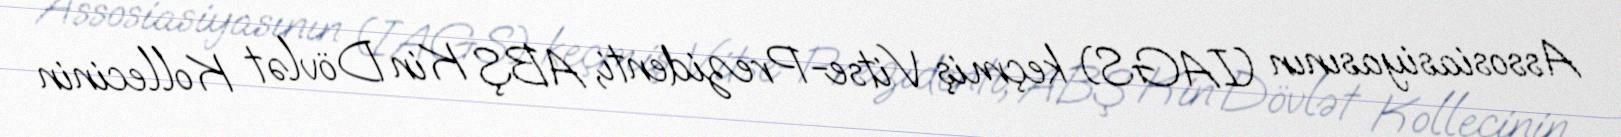
Assosiasiyasının (IAGS) keçmiş Vitse-Prezidenti, ABŞ Kin Dövlət Kollecinin